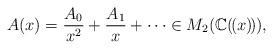
LaTeX: \begin{align*}A(x)=\frac{A_0}{x^2}+\frac{A_1}{x}+\cdots \in M_2( \mathbb{C}(\!(x)\!) ),\end{align*}